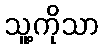
သူ့ကိုသာ